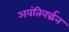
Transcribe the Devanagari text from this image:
अवंतिवर्द्धन